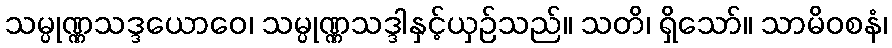
သမ္ပုဏ္ဏသဒ္ဒယောဝေ၊ သမ္ပုဏ္ဏသဒ္ဒါနှင့်ယှဉ်သည်။ သတိ၊ ရှိသော်။ သာမိဝစနံ၊